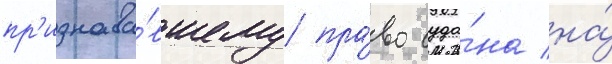
пр'изнава́вшему пра́во суда́на на́